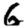
Digit: 6